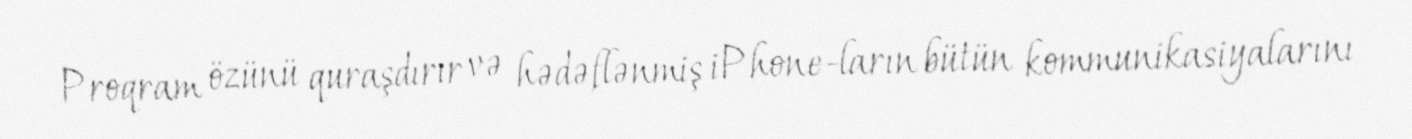
Proqram özünü quraşdırır və hədəflənmiş iPhone-ların bütün kommunikasiyalarını